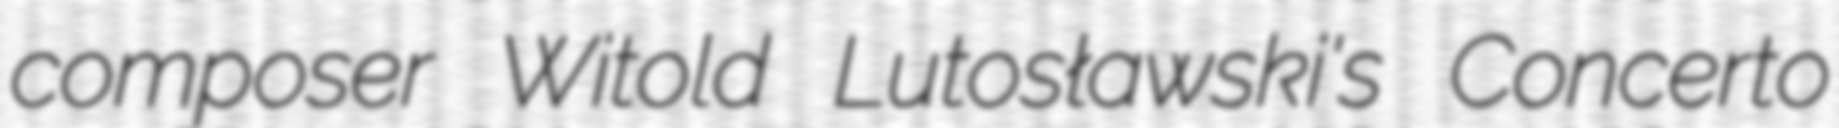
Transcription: composer Witold Lutosławski's Concerto